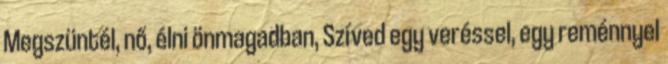
Megszüntél, nő, élni önmagadban, Szíved egy veréssel, egy reménnyel